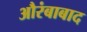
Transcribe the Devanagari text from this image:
औरंबाबाद